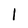
Character: l